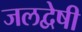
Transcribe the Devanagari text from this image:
जलद्वेषी